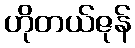
ဟိုတယ်ဇုန်